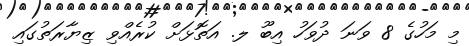
މި މަހުގެ 8 ވަނަ ދުވަހު އިބޫ ލ. އަތޮޅަށް ކުރެއްވި ޒިޔާރަތުގައި